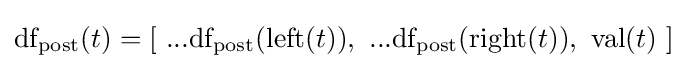
{\text{df}}_{\text{post}}(t)=[\ ...{\text{df}}_{\text{post}}({\text{left}}(t)),\ ...{\text{df}}_{\text{post}}({\text{right}}(t)),\ {\text{val}}(t)\ ]